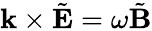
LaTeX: \mathbf{k}\times{\tilde{\mathbf{E}}}=\omega{\tilde{\mathbf{B}}}